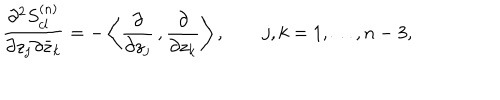
{ \frac { \partial ^ { 2 } S _ { c l } ^ { ( n ) } } { \partial z _ { j } \partial { \bar { z } _ { k } } } } = - \left\langle { \frac { \partial } { \partial z _ { j } } } \, , { \frac { \partial } { \partial z _ { k } } } \right\rangle , \qquad j , k = 1 , \ldots , n - 3 ,